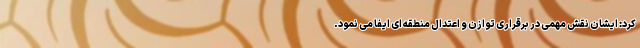
کرد: ایشان نقش مهمی در برقراری توازن و اعتدال منطقه ای ایفا می نمود.